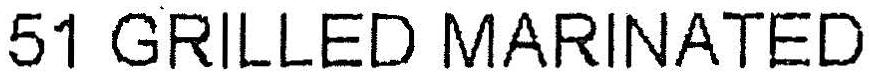
51 GRILLED MARINATED